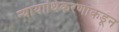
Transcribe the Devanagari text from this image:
न्यायाधिकरणाकडून